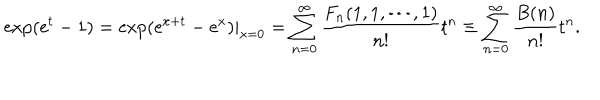
\exp ( \mathrm { e } ^ { t } - 1 ) = \exp ( \mathrm { e } ^ { x + t } - \mathrm { e } ^ { x } ) | _ { x = 0 } = \sum _ { n = 0 } ^ { \infty } \frac { F _ { n } ( 1 , 1 , \cdots , 1 ) } { n ! } t ^ { n } \equiv \sum _ { n = 0 } ^ { \infty } \frac { B ( n ) } { n ! } t ^ { n } .